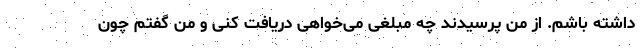
داشته باشم. از من پرسیدند چه مبلغی می‌خواهی دریافت کنی و من گفتم چون